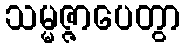
သမ္မဇ္ဇာပေတွာ